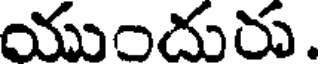
యుందురు.